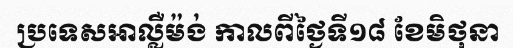
ប្រទេសអាល្លឺម៉ង់ កាលពីថ្ងៃទី១៨ ខែមិថុនា